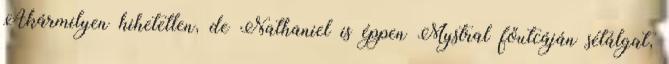
Akármilyen hihetetlen, de Nathaniel is éppen Mystral főutcáján sétálgat,